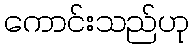
ကောင်းသည်ဟု